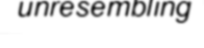
unresembling